Report on the metropolitan horse fairs and district horse shows of 1892-93 - 1892-1893
Year: 1892
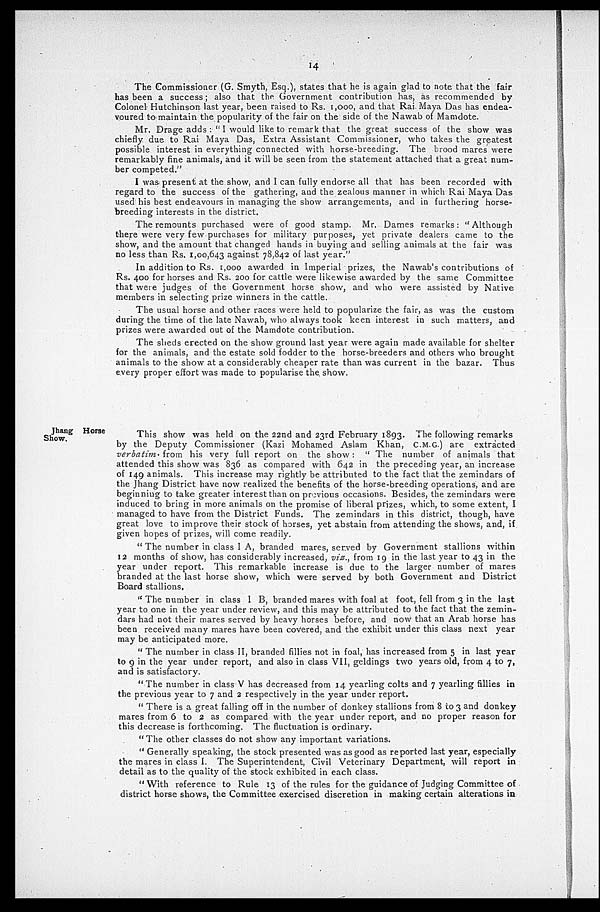
14
The Commissioner (G. Smyth, Esq.), states that he is again glad to note that the fair
has been a success; also that the Government contribution has, as recommended by
Colonel Hutchinson last year, been raised to Rs. 1,000, and that Rai. Maya Das has endea-
voured to maintain the popularity of the fair on the side of the Nawab of Mamdote.
Mr. Drage adds : " I would like to remark that the great success of the show was
chiefly due to Rai Maya Das, Extra Assistant Commissioner, who takes the greatest
possible interest in everything connected with horse-breeding. The brood mares were
remarkably fine animals, and it will be seen from the statement attached that a great num-
ber competed."
I was present at the show, and I can fully endorse all that has been recorded with
regard to the success of the gathering, and the zealous manner in which Rai Maya Das
used his best endeavours in managing the show arrangements, and in furthering horse-
breeding interests in the district.
The remounts purchased were of good stamp. Mr. Dames remarks: "Although
there were very few purchases for military purposes, yet private dealers came to the
show, and the amount that changed hands in buying and selling animals at the fair was
no less than Rs. 1,00,643 against 78,842 of last year."
In addition to Rs. 1,000 awarded in Imperial prizes, the Nawab's contributions of
Rs. 400 for horses and Rs. 200 for cattle were likewise awarded by the same Committee
that were judges of the Government horse show, and who were assisted by Native
members in selecting prize winners in the cattle.
The usual horse and other races were held to popularize the fair, as was the custom
during the time of the late Nawab, who always took keen interest in such matters, and
prizes were awarded out of the Mamdote contribution.
The sheds erected on the show ground last year were again made available for shelter
for the animals, and the estate sold fodder to the horse-breeders and others who brought
animals to the show at a considerably cheaper rate than was current in the bazar. Thus
every proper effort was made to popularise the show.
Jhang Horse
Show.
This show was held on the 22nd and 23rd February 1893. The following remarks
by the Deputy Commissioner (Kazi Mohamed Aslam Khan, C.M.G.) are extracted
verbatim from his very full report on the show: " The number of animals that
attended this show was 836 as compared with 642 in the preceding year, an increase
of 149 animals. This increase may rightly be attributed to the fact that the zemindars of
the Jhang District have now realized the benefits of the horse-breeding operations, and are
beginning to take greater interest than on previous occasions. Besides, the zemindars were
induced to bring in more animals on the promise of liberal prizes, which, to some extent, I
managed to have from the District Funds. The zemindars in this district, though, have
great love to improve their stock of horses, yet abstain from attending the shows, and, if
given hopes of prizes, will come readily.
" The number in class I A, branded mares, served by Government stallions within
12 months of show, has considerably increased, viz., from 19 in the last year to 43 in the
year under report. This remarkable increase is due to the larger number of mares
branded at the last horse show, which were served by both Government and District
Board stallions.
" The number in class I B, branded mares with foal at foot, fell from 3 in the last
year to one in the year under review, and this may be attributed to the fact that the zemin-
dars had not their mares served by heavy horses before, and now that an Arab horse has
been received many mares have been covered, and the exhibit under this class next year
may be anticipated more.
" The number in class II, branded fillies not in foal, has increased from 5 in last year
to 9 in the year under report, and also in class VII, geldings two years old, from 4 to 7
and is satisfactory.
" The number in class V has decreased from 14 yearling colts and 7 yearling fillies in
the previous year to 7 and 2 respectively in the year under report.
" There is a great falling off in the number of donkey stallions from 8 to 3 and donkey
mares from 6 to 2 as compared with the year under report, and no proper reason for
this decrease is forthcoming. The fluctuation is ordinary.
" The other classes do not show any important variations.
" Generally speaking, the stock presented was as good as reported last year, especially
the mares in class I. The Superintendent, Civil Veterinary Department, will report in
detail as to the quality of the stock exhibited in each class.
" With reference to Rule 13 of the rules for the guidance of Judging Committee of
district horse shows, the Committee exercised discretion in making certain alterations in